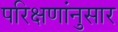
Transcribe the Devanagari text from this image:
परिक्षणांनुसार